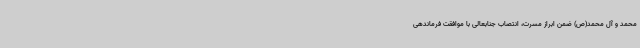
محمد و آل محمد(ص) ضمن ابراز مسرت، انتصاب جنابعالی با موافقت فرماندهی